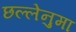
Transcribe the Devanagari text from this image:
छल्लेनुमा